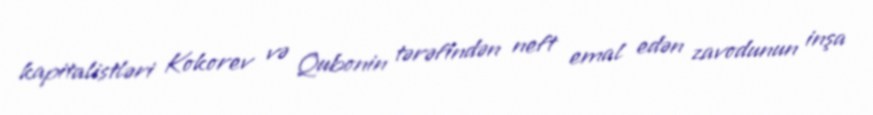
kapitalistləri Kokorev və Qubonin tərəfindən neft emal edən zavodunun inşa